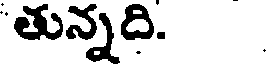
తున్నది.